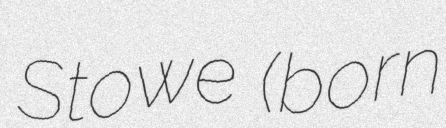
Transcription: Stowe (born